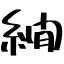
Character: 繝